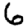
Digit: 6